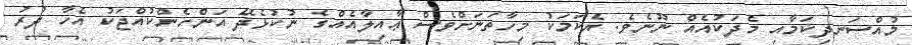
މުއްސަނދިކަމާއި މެދަކުއެއް ނޫނެވެ. އެކަމަކު މިހާތަނަށްވެސް ޢާއިލާއެއްގެ ނުކުޅެދޭ އަންހެންކުއްޖަކު އެހާ ދުރު